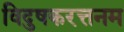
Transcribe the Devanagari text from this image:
विदुषकरत्तनम